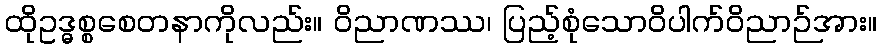
ထိုဥဒ္ဓစ္စစေတနာကိုလည်း။ ဝိညာဏဿ၊ ပြည့်စုံသောဝိပါက်ဝိညာဉ်အား။